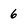
Character: 6